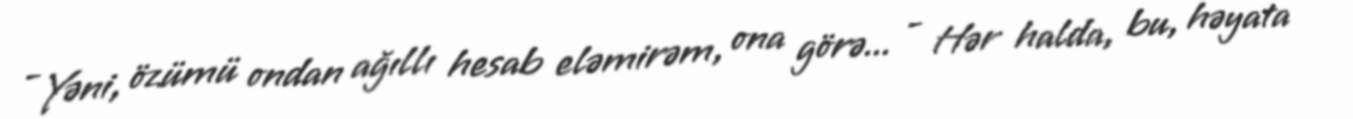
- Yəni, özümü ondan ağıllı hesab eləmirəm, ona görə... - Hər halda, bu, həyata